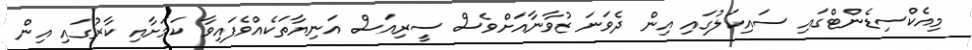
މިއެކްސިޑެންޓްގައި ސައިކަލުގައި އިން ދެވަނަ ޒުވާނާއަށްވެސް ސީރިއަސް އަނިޔާތަކެއްވެފައިވާ ކަމަށާއި ކާރުގައި އިން